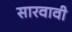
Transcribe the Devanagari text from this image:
सारवावी